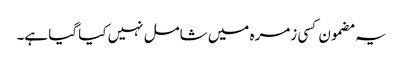
یہ مضمون کسی زمرہ میں شامل نہیں کیا گیا ہے۔